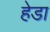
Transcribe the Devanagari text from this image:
हेडा